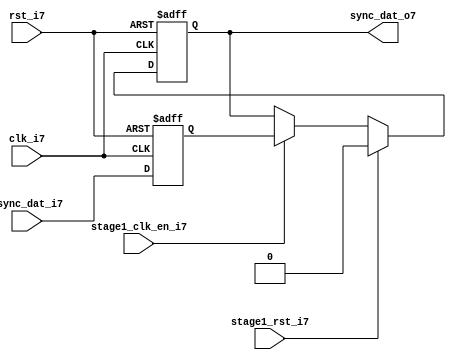
module uart_sync_flops7
(
  // internal signals7
  rst_i7,
  clk_i7,
  stage1_rst_i7,
  stage1_clk_en_i7,
  async_dat_i7,
  sync_dat_o7
);

parameter Tp7            = 1;
parameter width         = 1;
parameter init_value7    = 1'b0;

input                           rst_i7;                  // reset input
input                           clk_i7;                  // clock7 input
input                           stage1_rst_i7;           // synchronous7 reset for stage7 1 FF7
input                           stage1_clk_en_i7;        // synchronous7 clock7 enable for stage7 1 FF7
input   [width-1:0]             async_dat_i7;            // asynchronous7 data input
output  [width-1:0]             sync_dat_o7;             // synchronous7 data output


//
// Interal7 signal7 declarations7
//

reg     [width-1:0]             sync_dat_o7;
reg     [width-1:0]             flop_07;


// first stage7
always @ (posedge clk_i7 or posedge rst_i7)
begin
    if (rst_i7)
        flop_07 <= #Tp7 {width{init_value7}};
    else
        flop_07 <= #Tp7 async_dat_i7;    
end

// second stage7
always @ (posedge clk_i7 or posedge rst_i7)
begin
    if (rst_i7)
        sync_dat_o7 <= #Tp7 {width{init_value7}};
    else if (stage1_rst_i7)
        sync_dat_o7 <= #Tp7 {width{init_value7}};
    else if (stage1_clk_en_i7)
        sync_dat_o7 <= #Tp7 flop_07;       
end

endmodule